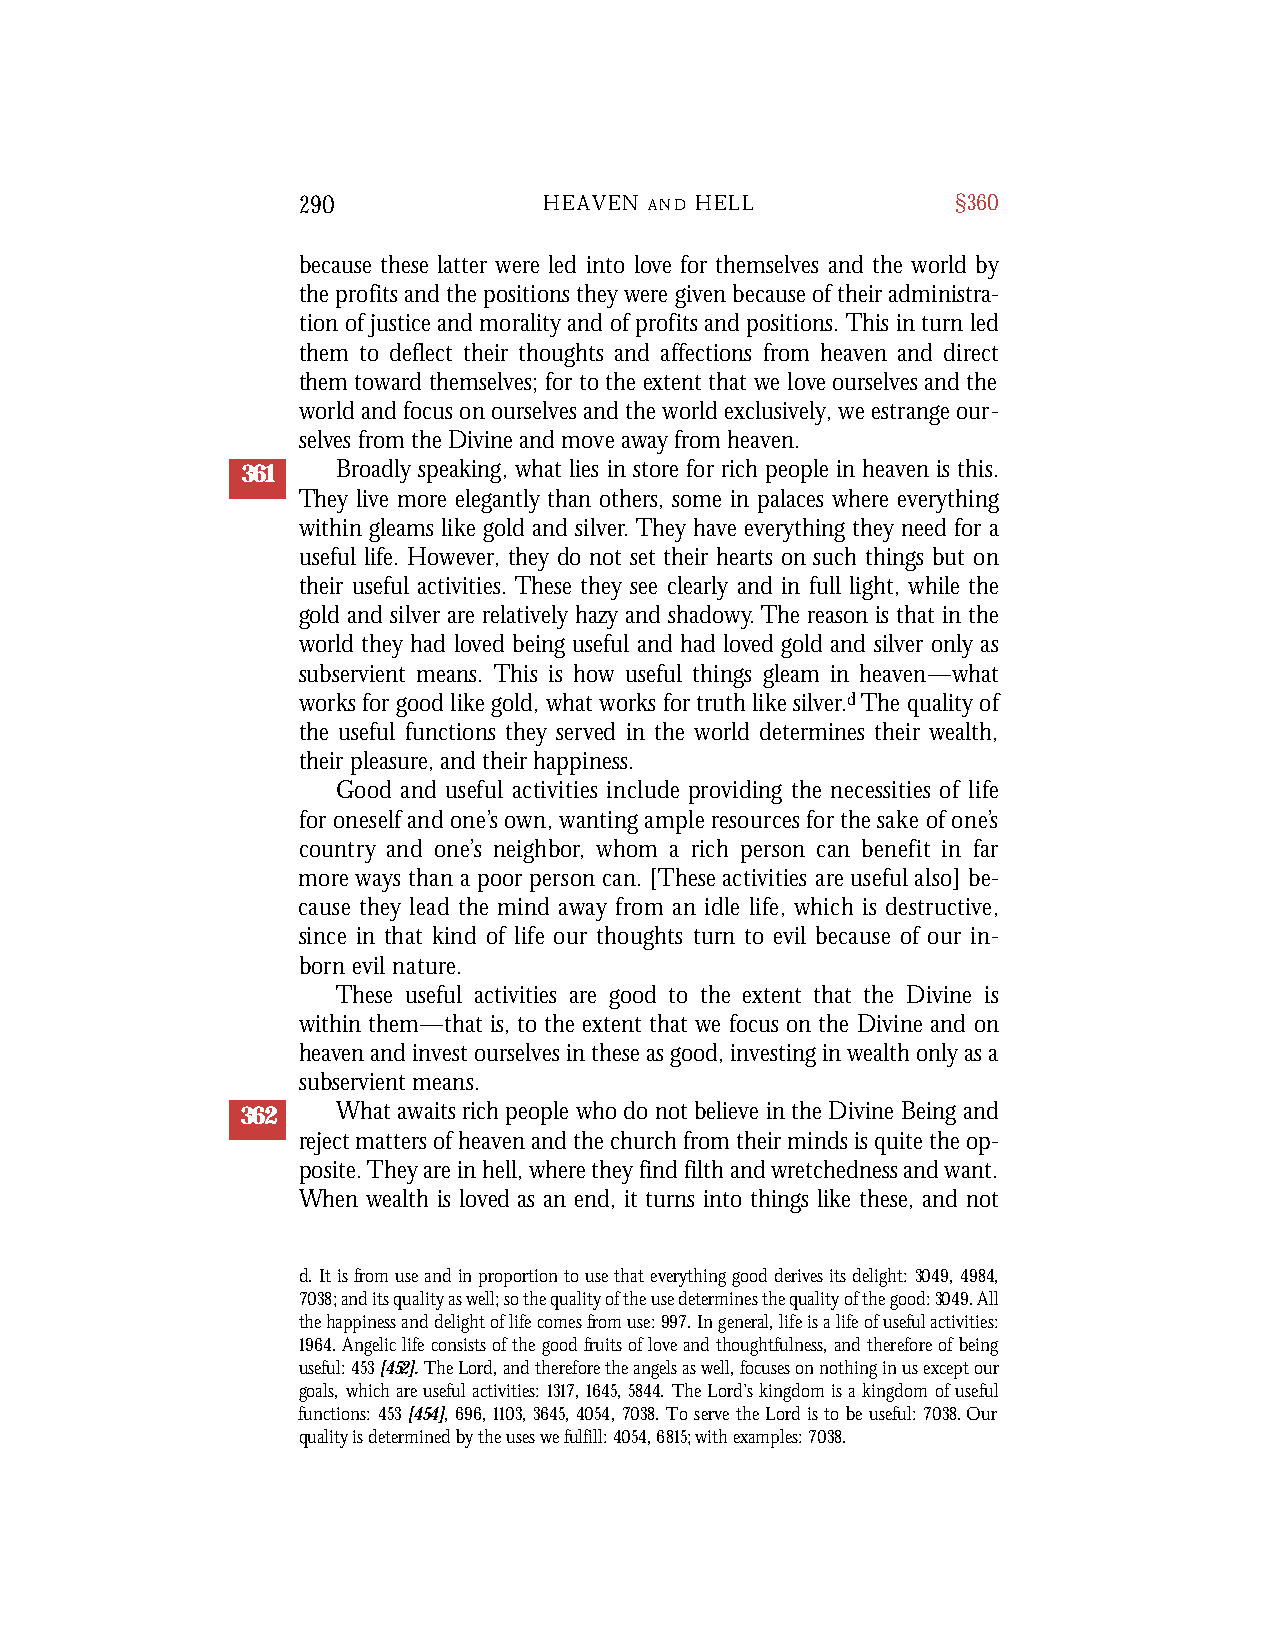
290             HEAVEN A N D H E L L       §360
 because these latter were led into love for themselves and the world by
 the profits and the positions they were given because of their administra-
 tion of justice and morality and of profits and positions. This in turn led
 them to deflect their thoughts and affections from heaven and direct
 them toward themselves; for to the extent that we love ourselves and the
 world and focus on ourselves and the world exclusively, we estrange our-
 selves from the Divine and move away from heaven.
 361   Broadly speaking, what lies in store for rich people in heaven is this.
 They live more elegantly than others, some in palaces where everything
 within gleams like gold and silver.They have everything they need for a
 useful life. However, they do not set their hearts on such things but on
 their useful activities. These they see clearly and in full light, while the
 gold and silver are relatively hazy and shadowy.The reason is that in the
 world they had loved being useful and had loved gold and silver only as
 subservient means. This is how useful things gleam in heaven—what
 works for good like gold, what works for truth like silver.dThe quality of
 the useful functions they served in the world determines their wealth,
 their pleasure, and their happiness.
 Good and useful activities include providing the necessities of life
 for oneself and one’s own, wanting ample re s o u rces for the sake of one’s
 c o u n t ry and one’s neighbor, whom a rich person can benefit in far
 m o re ways than a poor person can. [These activities are useful also] be-
 cause they lead the mind away from an idle life, which is destru c t i ve ,
 since in that kind of life our thoughts turn to evil because of our in-
 born evil nature .
 These useful activities are good to the extent that the Divine is
 within them—that is, to the extent that we focus on the Divine and on
 heaven and invest ourselves in these as good, investing in wealth only as a
 subservient means.
 362   What awaits rich people who do not believe in the Divine Being and
 reject matters of heaven and the church from their minds is quite the op-
 posite. They are in hell, where they find filth and wretchedness and want.
 When wealth is loved as an end, it turns into things like these, and not
 d. It is from use and in proportion to use that everything good derives its delight: 3049,4984,
 7038; and its quality as well; so the quality of the use determines the quality of the good: 3049. All
 the happiness and delight of life comes from use: 997. In general, life is a life of useful activities:
 1964. Angelic life consists of the good fruits of love and thoughtfulness, and therefore of being
 useful: 453[452].The Lord, and therefore the angels as well, focuses on nothing in us except our
 goals, which are useful activities: 1317,1645,5844. The Lord’s kingdom is a kingdom of useful
 functions: 453[454], 696,1103,3645,4054,7038. To serve the Lord is to be useful: 7038. Our
 quality is determined by the uses we fulfill: 4054, 6815; with examples: 7038.